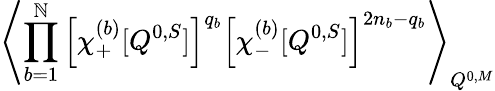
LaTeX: \left\langle\prod_{b=1}^{\mathbb{N}}\left[\chi_{+}^{(b)}[Q^{0,S}]\right]^{q_{b}}\left[\chi_{-}^{(b)}[Q^{0,S}]\right]^{2n_{b}-q_{b}}\right\rangle_{Q^{0,M}}